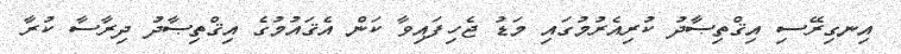
އިނގިރޭސި އިޤްތިޞާދު ކުރިއެރުމުގައި މަޑު ޖެހިފައިވާ ކަން އެޤައުމުގެ އިޤްތިޞާދު ދިރާސާ ކުރާ